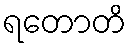
ရတောတိ